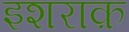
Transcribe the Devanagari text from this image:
इशराक़